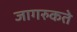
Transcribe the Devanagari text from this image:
जागरुकते